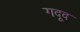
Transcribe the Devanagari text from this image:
गदूद